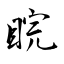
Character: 睆